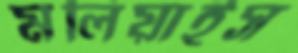
মলিয়াইস